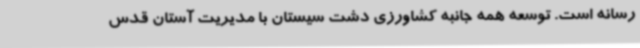
رسانه است. توسعه همه جانبه کشاورزی دشت سیستان با مدیریت آستان قدس